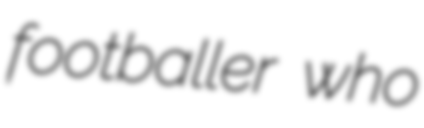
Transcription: footballer who